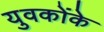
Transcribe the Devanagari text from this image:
युवकोंके